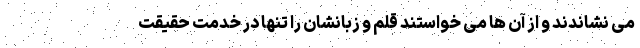
می نشاندند و از آن ها می خواستند قلم و زبانشان را تنها در خدمت حقیقت